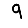
Digit: 9